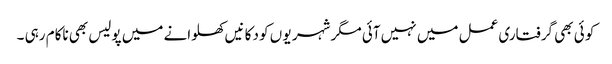
کو ئی بھی گرفتاری عمل میں نہیں آئی مگر شہر یو ں کو دکا نیں کھلوانے میں پولیس بھی ناکام رہی ۔